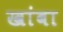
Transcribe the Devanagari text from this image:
खांबा